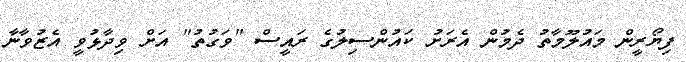
ފިޔޯރީން މައުލޫމާތު ދެމުން އެރަށު ކައުންސިލުގެ ރައީސް "ވަގުތު" އަށް ވިދާޅުވީ އެޒުވާނާ